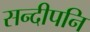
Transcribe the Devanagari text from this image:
सन्दीपनि